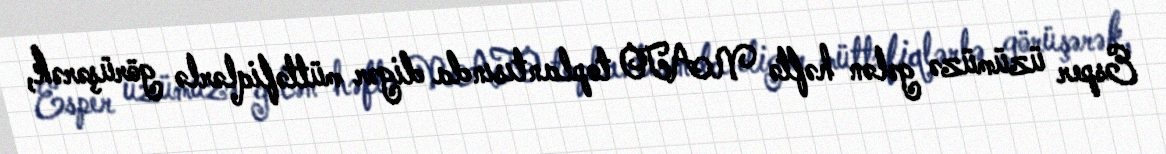
Esper üzümüzə gələn həftə NATO toplantısında digər müttəfiqlərlə görüşərək,